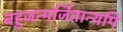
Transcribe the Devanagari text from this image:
बहुजन्मर्जितान्यपि